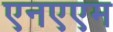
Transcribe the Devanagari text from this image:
एनएएम